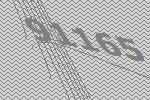
91165